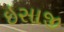
ઇસાજી